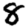
Digit: 8